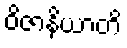
ဝိဇာနိယာတိ